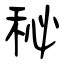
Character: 秘